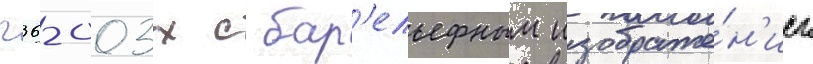
п36-003х с бар'ельефным изображе́н'ием